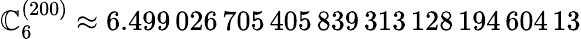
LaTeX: \mathbb{C}_{6}^{(200)}\approx6.499\, 026\, 705\, 405\, 839\, 313\, 128\, 194\, 604\, 13